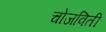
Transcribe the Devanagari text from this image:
चोजविती